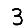
Digit: 3